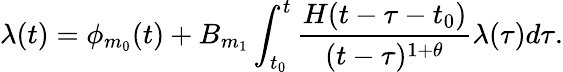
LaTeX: \lambda(t)=\phi_{m_{0}}(t)+B_{m_{1}}\int_{t_{0}}^{t}\frac{H(t-\tau-t_{0})}{(t-\tau)^{1+\theta}}\lambda(\tau)d\tau.